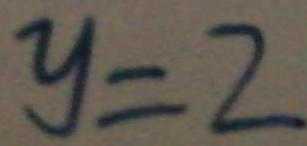
y = 2